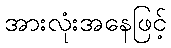
အားလုံးအနေဖြင့်